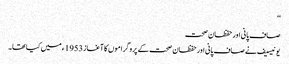
‘‘
صاف پانی اور حفظان صحت
یونیسیف نے صاف پانی اور حفظان صحت کے پروگراموں کا آغاز 1953ء میں کیا تھا۔